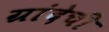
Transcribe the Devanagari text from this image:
ग्रांदेची